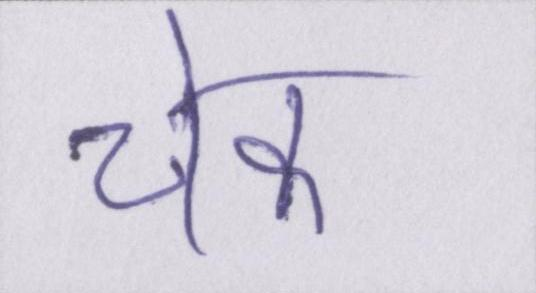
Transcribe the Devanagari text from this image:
चेक